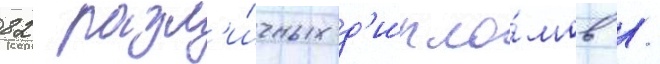
82 разл'и́чных д'ипло́мов /